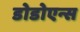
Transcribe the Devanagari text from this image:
डोडोएन्स